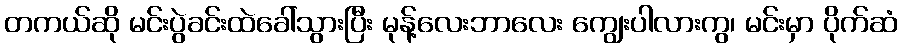
တကယ်ဆို မင်းပွဲခင်းထဲခေါ်သွားပြီး မုန့်လေးဘာလေး ကျွေးပါလားကွ၊ မင်းမှာ ပိုက်ဆံ